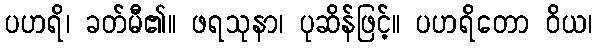
ပဟရိ၊ ခတ်မီ၏။ ဖရသုနာ၊ ပုဆိန်ဖြင့်။ ပဟရိတော ဝိယ၊